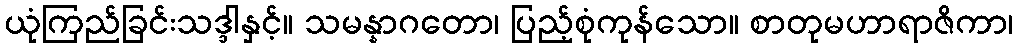
ယုံကြည်ခြင်းသဒ္ဒါနှင့်။ သမန္နာဂတော၊ ပြည့်စုံကုန်သော။ စာတုမဟာရာဇိကာ၊